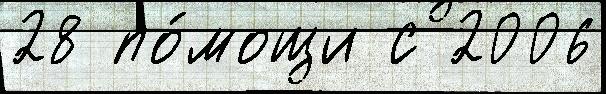
28 по́мощи с 2006